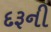
દરૂની